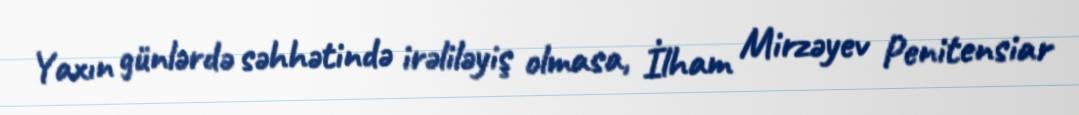
Yaxın günlərdə səhhətində irəliləyiş olmasa, İlham Mirzəyev Penitensiar